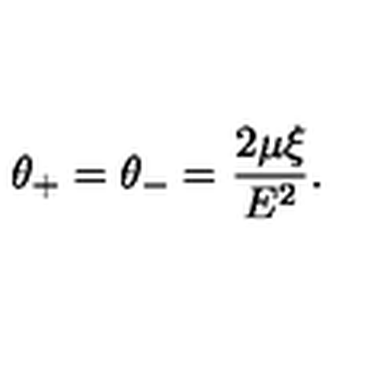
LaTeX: \: \theta _ { + } = \theta _ { - } = \frac { 2 \mu \xi } { E ^ { 2 } } . \: